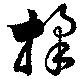
揉